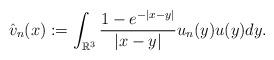
LaTeX: \begin{align*}\hat{v}_{n}(x):=\int_{\mathbb{R}^{3}}\frac{1-e^{-|x-y|}}{|x-y|}u_{n}(y)u(y)dy.\end{align*}